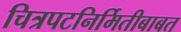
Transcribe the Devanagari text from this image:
चित्रपटनिर्मितीबाबत